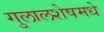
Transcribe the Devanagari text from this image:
गुलालशेषमधे